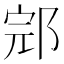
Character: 𰻬